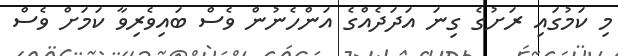
މި ކަމުގައި ރަށުގެ ގިނަ އަދަދެއްގެ އަންހެނުން ވެސް ބައިވެރިވާ ކަމަށް ވެސް